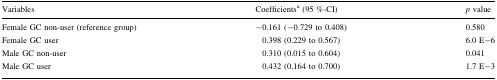
| Variables | Coefficientsa (95 %-CI) | p value |
 | --- | --- | --- |
 | Female GC non-user (reference group) | −0.161 (−0.729 to 0.408) | 0.580 |
 | Female GC user | 0.398 (0.229 to 0.567) | 6.0 E−6 |
 | Male GC non-user | 0.310 (0.015 to 0.604) | 0.041 |
 | Male GC user | 0.432 (0.164 to 0.700) | 1.7 E−3 |